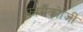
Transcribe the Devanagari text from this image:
फार्मैकोॉजी